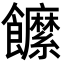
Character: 䭧